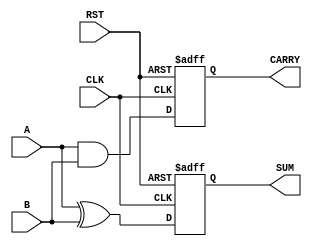
module sequential_half_adder (
    input wire A,          // First input bit
    input wire B,          // Second input bit
    input wire CLK,        // Clock signal
    input wire RST,        // Reset signal
    output reg SUM,        // Sum output
    output reg CARRY       // Carry output
);

    // Internal state registers
    reg prev_sum;         // Previous sum
    reg prev_carry;       // Previous carry

    // Sequential logic
    always @(posedge CLK or posedge RST) begin
        if (RST) begin
            // Reset state
            prev_sum <= 1'b0;
            prev_carry <= 1'b0;
            SUM <= 1'b0;
            CARRY <= 1'b0;
        end else begin
            // Compute current sum and carry
            SUM <= A ^ B;          // SUM = A XOR B
            CARRY <= A & B;        // CARRY = A AND B
            
            // Store current outputs in previous state registers
            prev_sum <= SUM;
            prev_carry <= CARRY;
        end
    end

endmodule